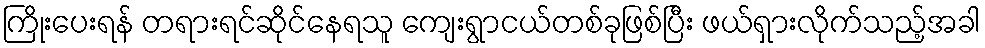
ကြိုးပေးရန် တရားရင်ဆိုင်နေရသူ ကျေးရွာငယ်တစ်ခုဖြစ်ပြီး ဖယ်ရှားလိုက်သည့်အခါ